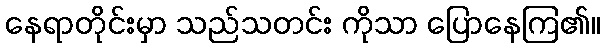
နေရာတိုင်းမှာ သည်သတင်း ကိုသာ ပြောနေကြ၏။